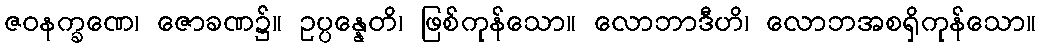
ဇဝနက္ခဏေ၊ ဇောခဏ၌။ ဥပ္ပန္နေတိ၊ ဖြစ်ကုန်သော။ လောဘာဒီဟိ၊ လောဘအစရှိကုန်သော။